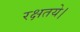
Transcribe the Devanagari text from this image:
रक्षतये।